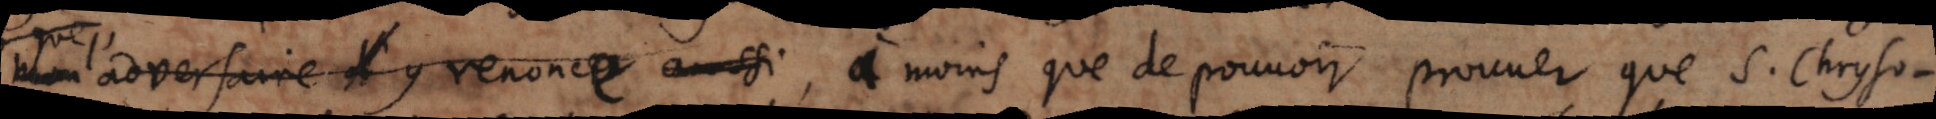
mon l’adversaire d’y renonce aussi , à moins que de pouvoir prouver que S.Chryso-